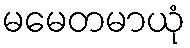
မမေတမာယုံ